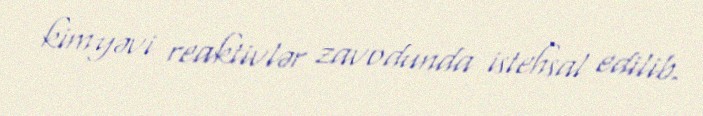
kimyəvi reaktivlər zavodunda istehsal edilib.